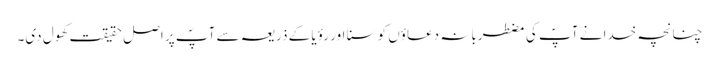
چنانچہ خدا نے آپؐ کی مضطربانہ دعاؤں کو سنا اور رؤیا کے ذریعہ سے آپؐ پر اصل حقیقت کھول دی۔